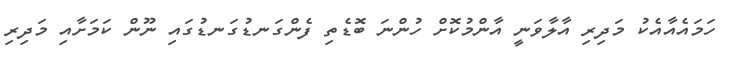
ހަމައެއާއެކު މަދިރި އާލާވަނީ އާންމުކޮށް ހުންނަ ބޮޑެތި ފެންގަނޑުގަނޑުގައި ނޫން ކަމަށާއި މަދިރި